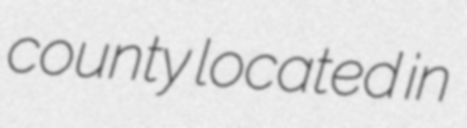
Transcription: county located in